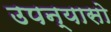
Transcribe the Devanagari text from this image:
उपन्यासो